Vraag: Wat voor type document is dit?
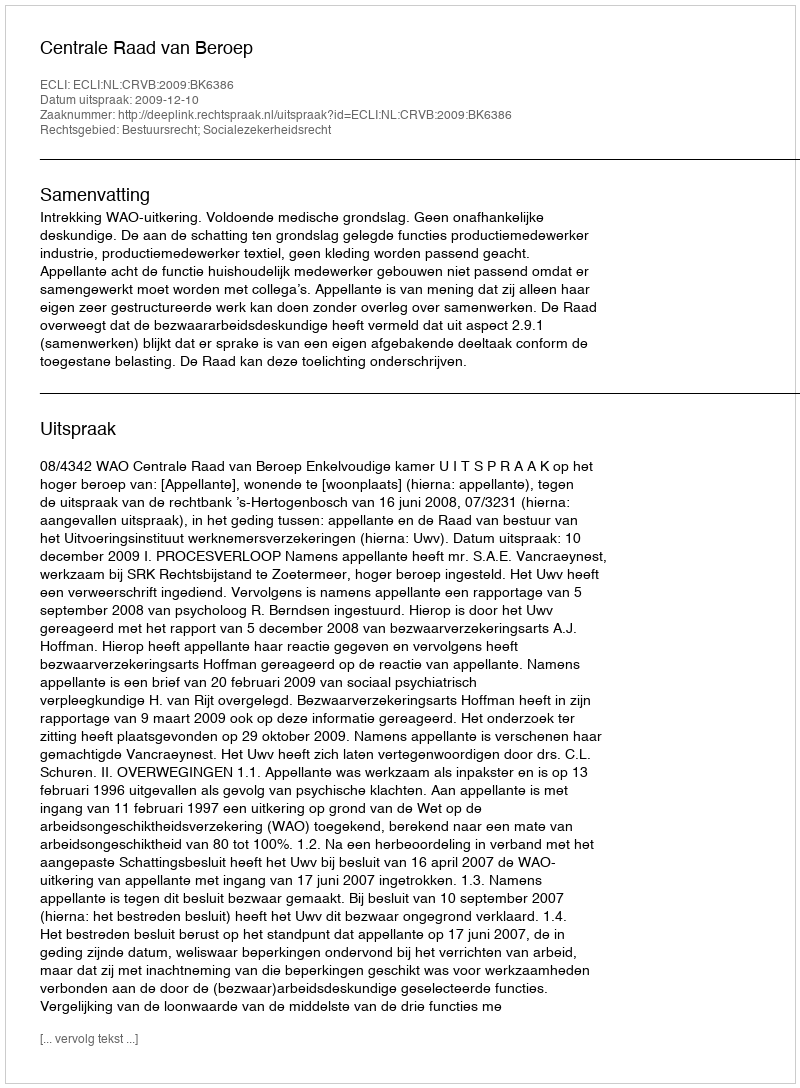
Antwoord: Uitspraak